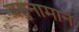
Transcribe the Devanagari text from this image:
बहुनामान